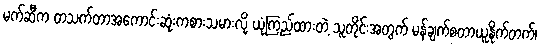
မက်ဆီက တသက်တာအကောင်းဆုံးကစားသမားလို့ ယုံကြည်ထားတဲ့ သူတိုင်းအတွက် မန်ချက်စတာယူနိုက်တက်၊